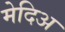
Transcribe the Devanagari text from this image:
मेदिअ